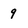
Character: 9